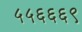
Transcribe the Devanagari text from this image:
५५६६६९